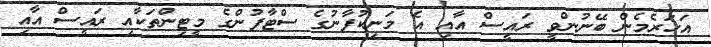
އަހަރެމެން ބޭނުންވީ ރައީސް އާއި އެ މަނިކުފާނުގެ ސްޓާފުންގެ މީޓިންތަކާއި ރައީސް އާއި